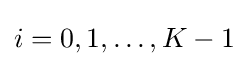
{\textstyle i=0,1,\dots ,K-1}